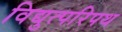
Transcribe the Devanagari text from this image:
विद्युत्परिपथ